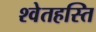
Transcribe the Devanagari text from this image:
श्वेतहस्ति